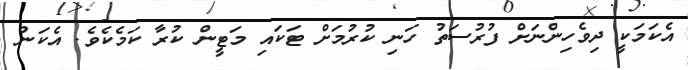
އެކަމަކީ ދިވެހިންނަށް ފުރުސަތު ހަނި ކުރުމަށް ޓަކައި މަޓީން ކުރާ ކަމެކެވެ. އެކަން